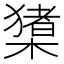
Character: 橥